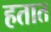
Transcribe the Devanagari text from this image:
हतात